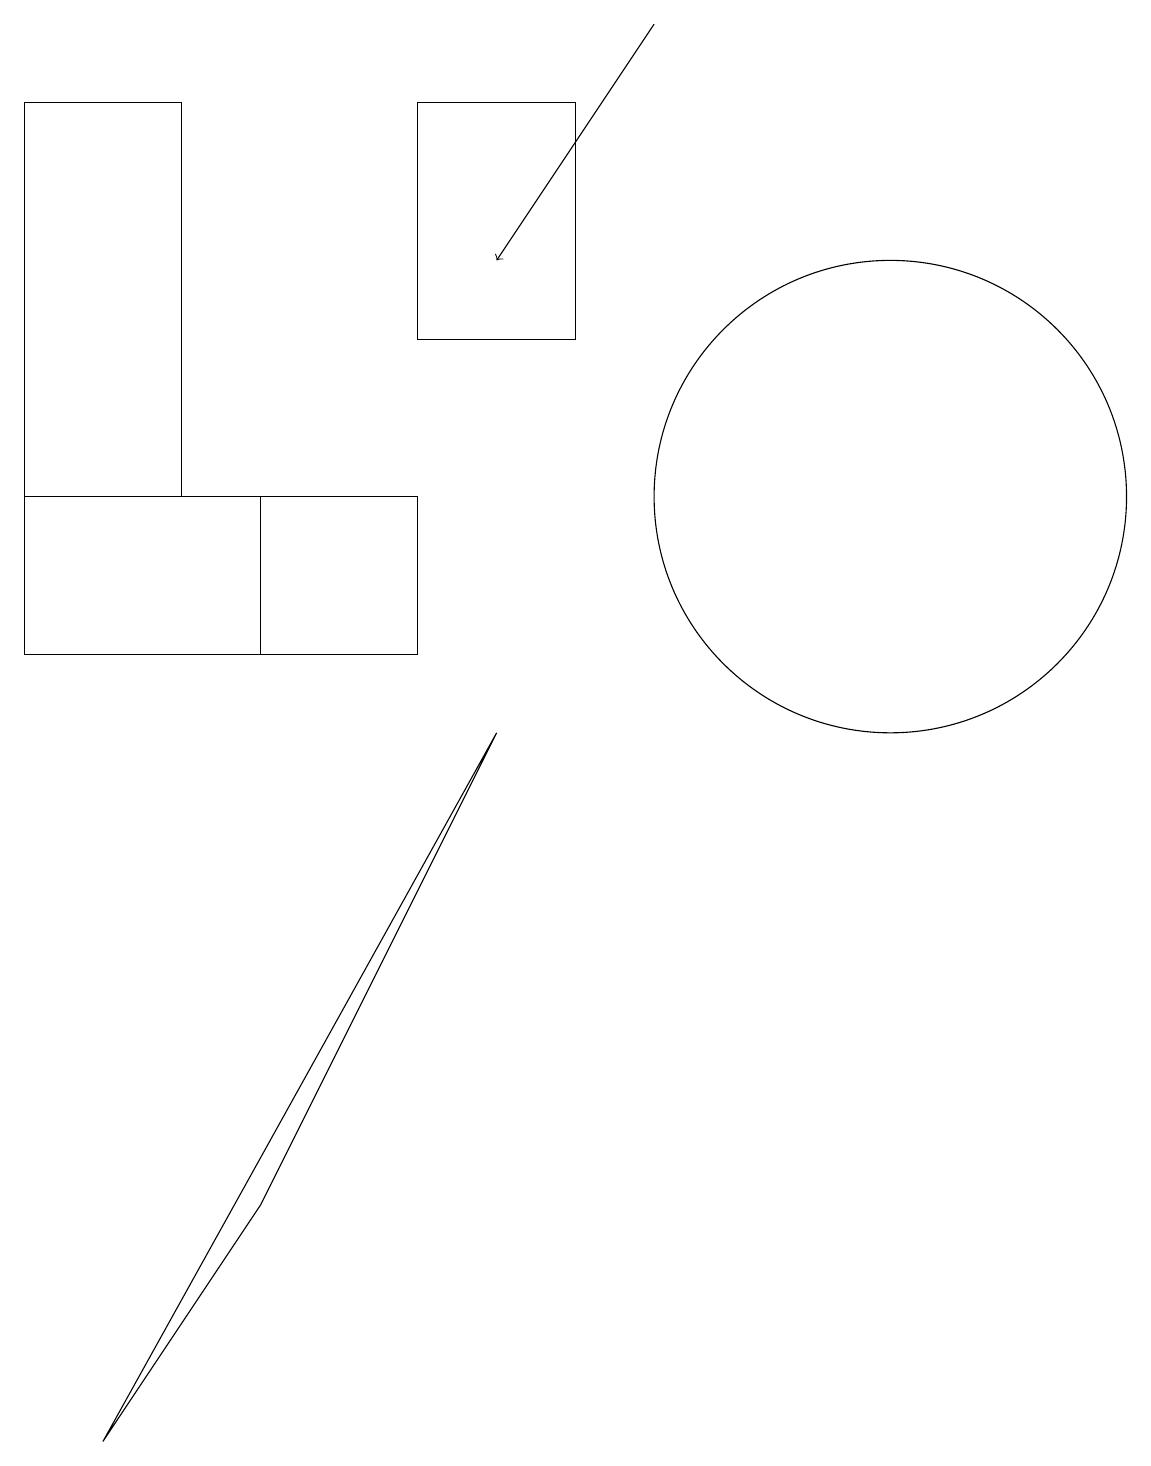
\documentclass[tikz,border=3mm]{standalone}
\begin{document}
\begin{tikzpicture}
\draw (0,12) rectangle (2,17);
\draw (5,10) rectangle (0,12);
\draw (5,17) rectangle (7,14);
\draw (11,12) circle (0);
\draw (6,9) -- (3,3) -- (1,0) -- cycle;
\draw (3,12) rectangle (3,10);
\draw (11,12) circle (3);
\draw[->] (8,18) -- (6,15);
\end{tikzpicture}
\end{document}